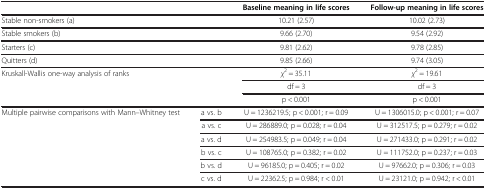
| <COLSPAN=2>  | Baseline meaning in life scores | Follow-up meaning in life scores |
 | --- | --- | --- | --- |
 | <COLSPAN=2> Stable non-smokers (a) | 10.21 (2.57) | 10.02 (2.73) |
 | <COLSPAN=2> Stable smokers (b) | 9.66 (2.70) | 9.54 (2.92) |
 | <COLSPAN=2> Starters (c) | 9.81 (2.62) | 9.78 (2.85) |
 | <COLSPAN=2> Quitters (d) | 9.85 (2.66) | 9.74 (3.05) |
 | <COLSPAN=2> Kruskall-Wallis one-way analysis of ranks | χ2 = 35.11 | χ2 = 19.61 |
 |  |  | df = 3 | df = 3 |
 |  |  | p < 0.001 | p < 0.001 |
 | Multiple pairwise comparisons with Mann–Whitney test | a vs. b | U = 1236219.5; p < 0.001; r = 0.09 | U = 1306015.0; p < 0.001; r = 0.07 |
 |  | a vs. c | U = 286889.0; p = 0.028; r = 0.04 | U = 312517.5; p = 0.279; r = 0.02 |
 |  | a vs. d | U = 254983.5; p = 0.049; r = 0.04 | U = 271433.0; p = 0.291; r = 0.02 |
 |  | b vs. c | U = 108765.0; p = 0.382; r = 0.02 | U = 111752.0; p = 0.237; r = 0.03 |
 |  | b vs. d | U = 96185.0; p = 0.405; r = 0.02 | U = 97662.0; p = 0.306; r = 0.03 |
 |  | c vs. d | U = 22362.5; p = 0.984; r < 0.01 | U = 23121.0; p = 0.942; r < 0.01 |